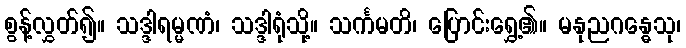
စွန့်လွှတ်၍။ သဒ္ဒါရမ္မဏံ၊ သဒ္ဒါရုံသို့။ သင်္ကမတိ၊ ပြောင်းရွှေ့၏။ မနုညဂန္ဓေသု၊